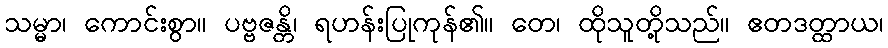
သမ္မာ၊ ကောင်းစွာ။ ပဗ္ဗဇန္တိ၊ ရဟန်းပြုကုန်၏။ တေ၊ ထိုသူတို့သည်။ ဧတဒတ္ထာယ၊